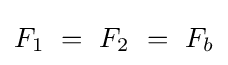
F_{1}~=~F_{2}~=~F_{b}